Annual administration report of the Civil Veterinary Department, Sind - 1943-1944
Year: 1943
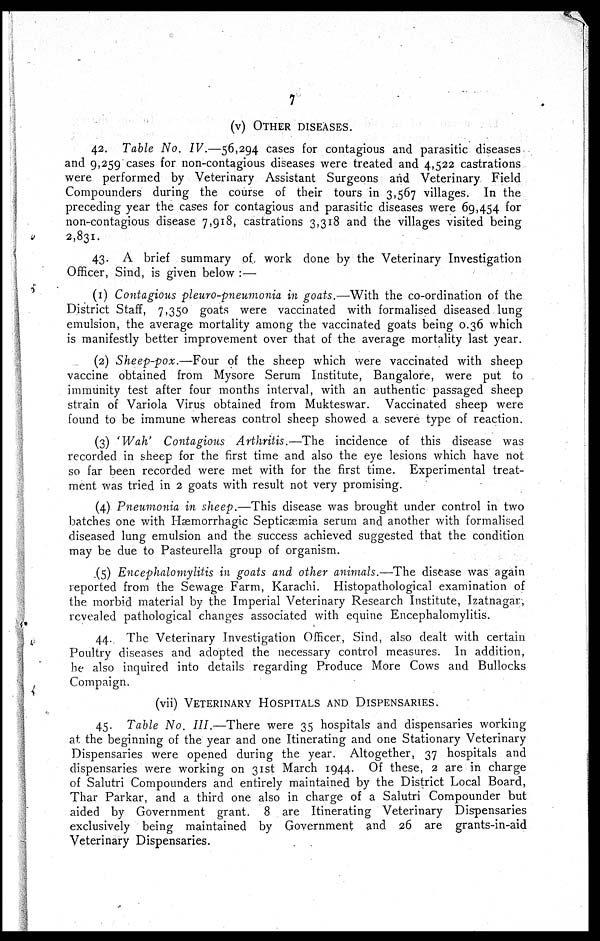
7
(v) OTHER DISEASES.
42. Table No. IV.—56,294 cases for contagious and parasitic diseases
and 9,259 cases for non-contagious diseases were treated and 4,522 castrations
were performed by Veterinary Assistant Surgeons and Veterinary Field
Compounders during the course of their tours in 3,567 villages. In the
preceding year the cases for contagious and parasitic diseases were 69,454 for
non-contagious disease 7,918, castrations 3,318 and the villages visited being
2,831.
43. A brief summary of work done by the Veterinary Investigation
Officer, Sind, is given below :—
(1) Contagious pleuro-pneumonia in goats.—With the co-ordination of the
District Staff, 7,350 goats were vaccinated with formalised diseased lung
emulsion, the average mortality among the vaccinated goats being 0.36 which
is manifestly better improvement over that of the average mortality last year.
(2) Sheep-pox.—Four
of the sheep which were vaccinated with sheep
vaccine obtained from Mysore Serum Institute, Bangalore, were put to
immunity test after four months interval, with an authentic passaged sheep
strain of Variola Virus obtained from Mukteswar. Vaccinated sheep were
found to be immune whereas control sheep showed a severe type of reaction.
(3) 'Wah' Contagious Arthritis.—The
incidence of this disease was
recorded in sheep for the first time and also the eye lesions which have not
so far been recorded were met with for the first time. Experimental treat-
ment was tried in 2 goats with result not very promising.
(4) Pneumonia in sheep.—This disease was brought under control in two
batches one with Hæmorrhagic Septicaemia serum and another with formalised
diseased lung emulsion and the success achieved suggested that the condition
may be due to Pasteurella group of organism.
(5) Encephalomylitis in goats and other animals.—The disease was again
reported from the Sewage Farm, Karachi. Histopathological examination of
the morbid material by the Imperial Veterinary Research Institute, Izatnagar,
revealed pathological changes associated with equine Encephalomylitis.
44. The Veterinary Investigation Officer, Sind, also dealt with certain
Poultry diseases and adopted the necessary control measures. In addition,
he also inquired into details regarding Produce More Cows and Bullocks
Compaign.
(vii) VETERINARY HOSPITALS AND DISPENSARIES.
45. Table No. III.—There were 35 hospitals and dispensaries working
at the beginning of the year and one Itinerating and one Stationary Veterinary
Dispensaries were opened during the year. Altogether, 37 hospitals and
dispensaries were working on 31st March 1944. Of these, 2 are in charge
of Salutri Compounders and entirely maintained by the District Local Board,
Thar Parkar, and a third one also in charge of a Salutri Compounder but
aided by Government grant. 8 are Itinerating Veterinary Dispensaries
exclusively being maintained by Government and 26 are grants-in-aid
Veterinary Dispensaries.